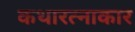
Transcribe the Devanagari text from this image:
कथारत्नाकार